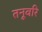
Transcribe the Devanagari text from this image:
तनूवरि